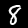
Label: 8